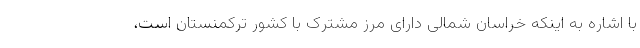
با اشاره به اینکه خراسان شمالی دارای مرز مشترک با کشور ترکمنستان است،